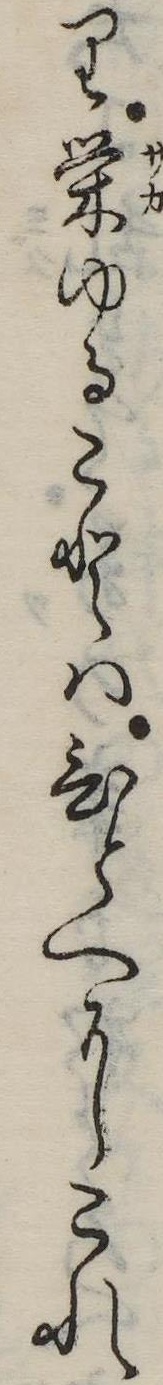
り栄ゆることはひとへにこれ